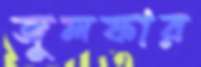
জুলফার